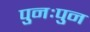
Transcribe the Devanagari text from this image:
पुनःपुन